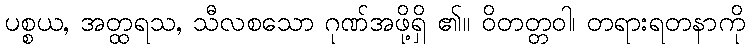
ပစ္စယ, အတ္ထရသ, သီလစသော ဂုဏ်အဖို့ရှိ ၏။ ဝိတတ္တဝါ၊ တရားရတနာကို